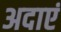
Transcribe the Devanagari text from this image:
अदाएं